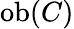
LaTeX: \operatorname{ob}(C)